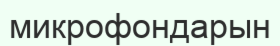
микрофондарын